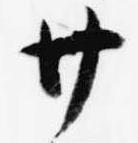
廿